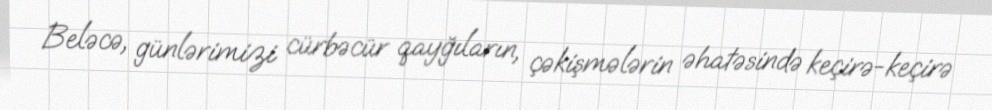
Beləcə, günlərimizi cürbəcür qayğıların, çəkişmələrin əhatəsində keçirə-keçirə